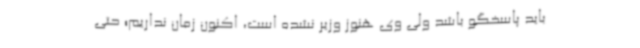
باید پاسخگو باشد ولی وی هنوز وزیر نشده است، اکنون زمان نداریم؛ حتی